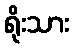
ရိုးသား